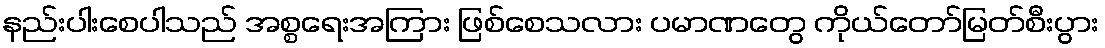
နည်းပါးစေပါသည် အစ္စရေးအကြား ဖြစ်စေသလား ပမာဏတွေ ကိုယ်တော်မြတ်စီးပွား